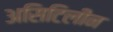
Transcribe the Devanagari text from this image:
असिटिलीन